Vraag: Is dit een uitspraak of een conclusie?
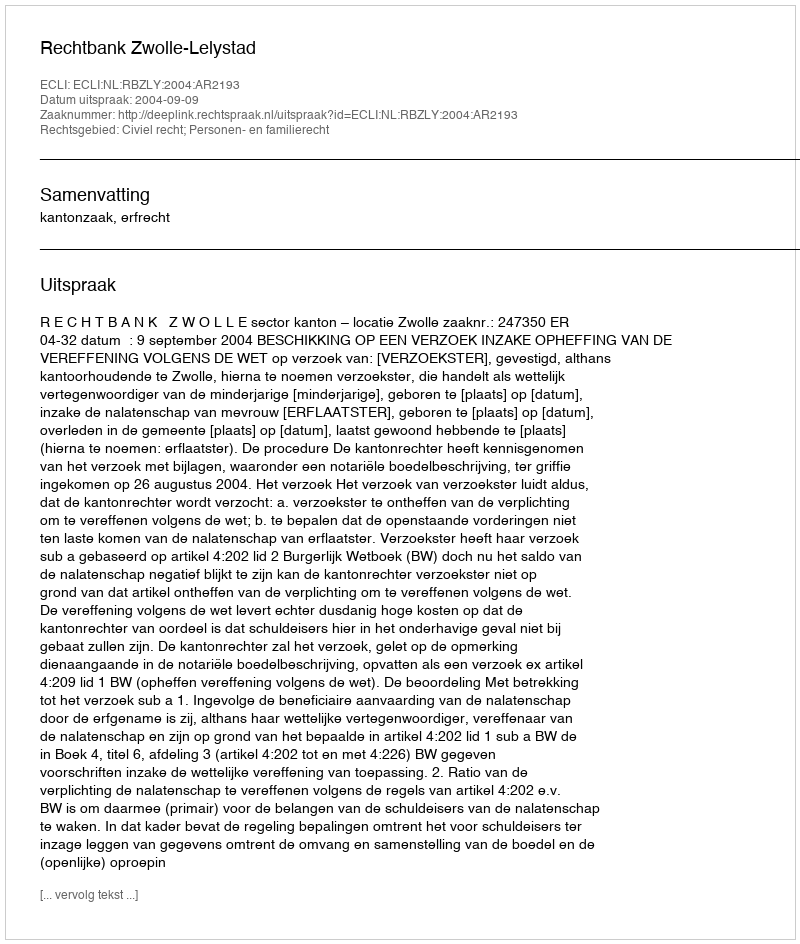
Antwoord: Uitspraak